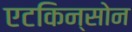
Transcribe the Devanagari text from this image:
एटकिन्सोन